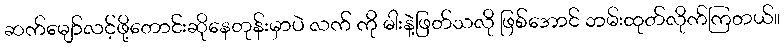
ဆက်မျော်လင့်ဖို့တောင်းဆိုနေတုန်းမှာပဲ လက် ကို ဓါးနဲ့ဖြတ်သလို ဖြစ်အောင် ဘမ်းထုတ်လိုက်ကြတယ်။